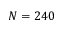
N = 2 4 0